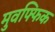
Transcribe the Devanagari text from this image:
मुवफ्फिक